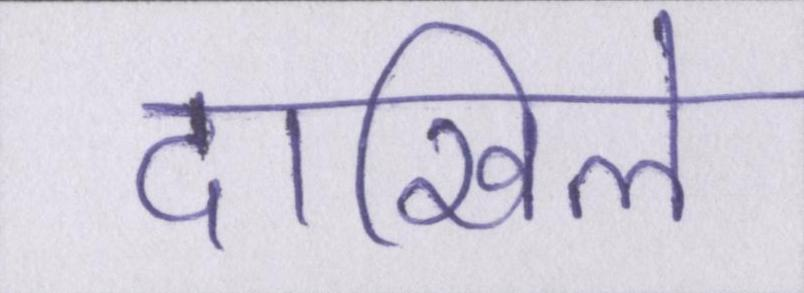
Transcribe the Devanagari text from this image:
दाखिले